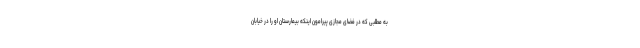
به مطلبی که در فضای مجازی پیرامون اینکه بیمارستان او را در خیابان